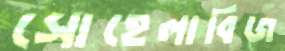
সোহেলাবিজ